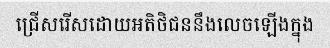
ជ្រើសរើសដោយអតិថិជននឹងលេចឡើងក្នុង